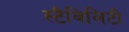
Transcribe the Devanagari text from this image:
स्टैबिलिटी